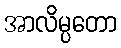
အာလိမ္ပတော